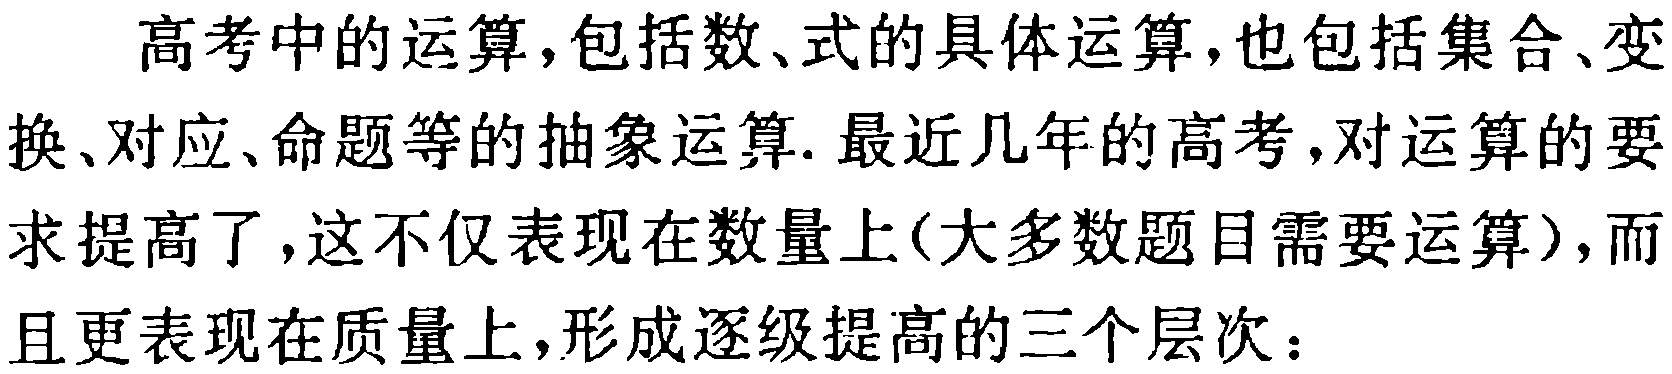
高考中的运算,包括数、式的具体运算,也包括集合、变换、对应、命题等的抽象运算. 最近几年的高考,对运算的要求提高了,这不仅表现在数量上(大多数题目需要运算),而且更表现在质量上,形成逐级提高的三个层次：